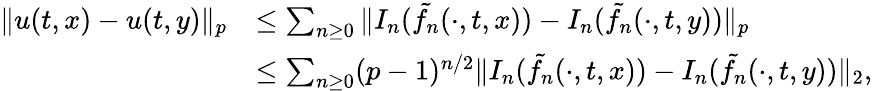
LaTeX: \begin{array}{rl}{\Vert u(t,x)-u(t,y)\Vert_{p}}&{\le\sum_{n\geq 0}\Vert I_{n}(\tilde{f_{n}}(\cdot,t,x))-I_{n}(\tilde{f_{n}}(\cdot,t,y))\Vert_{p}}\\ &{\le\sum_{n\geq 0}(p-1)^{n/2}\Vert I_{n}(\tilde{f_{n}}(\cdot,t,x))-I_{n}(\tilde{f_{n}}(\cdot,t,y))\Vert_{2},}\end{array}